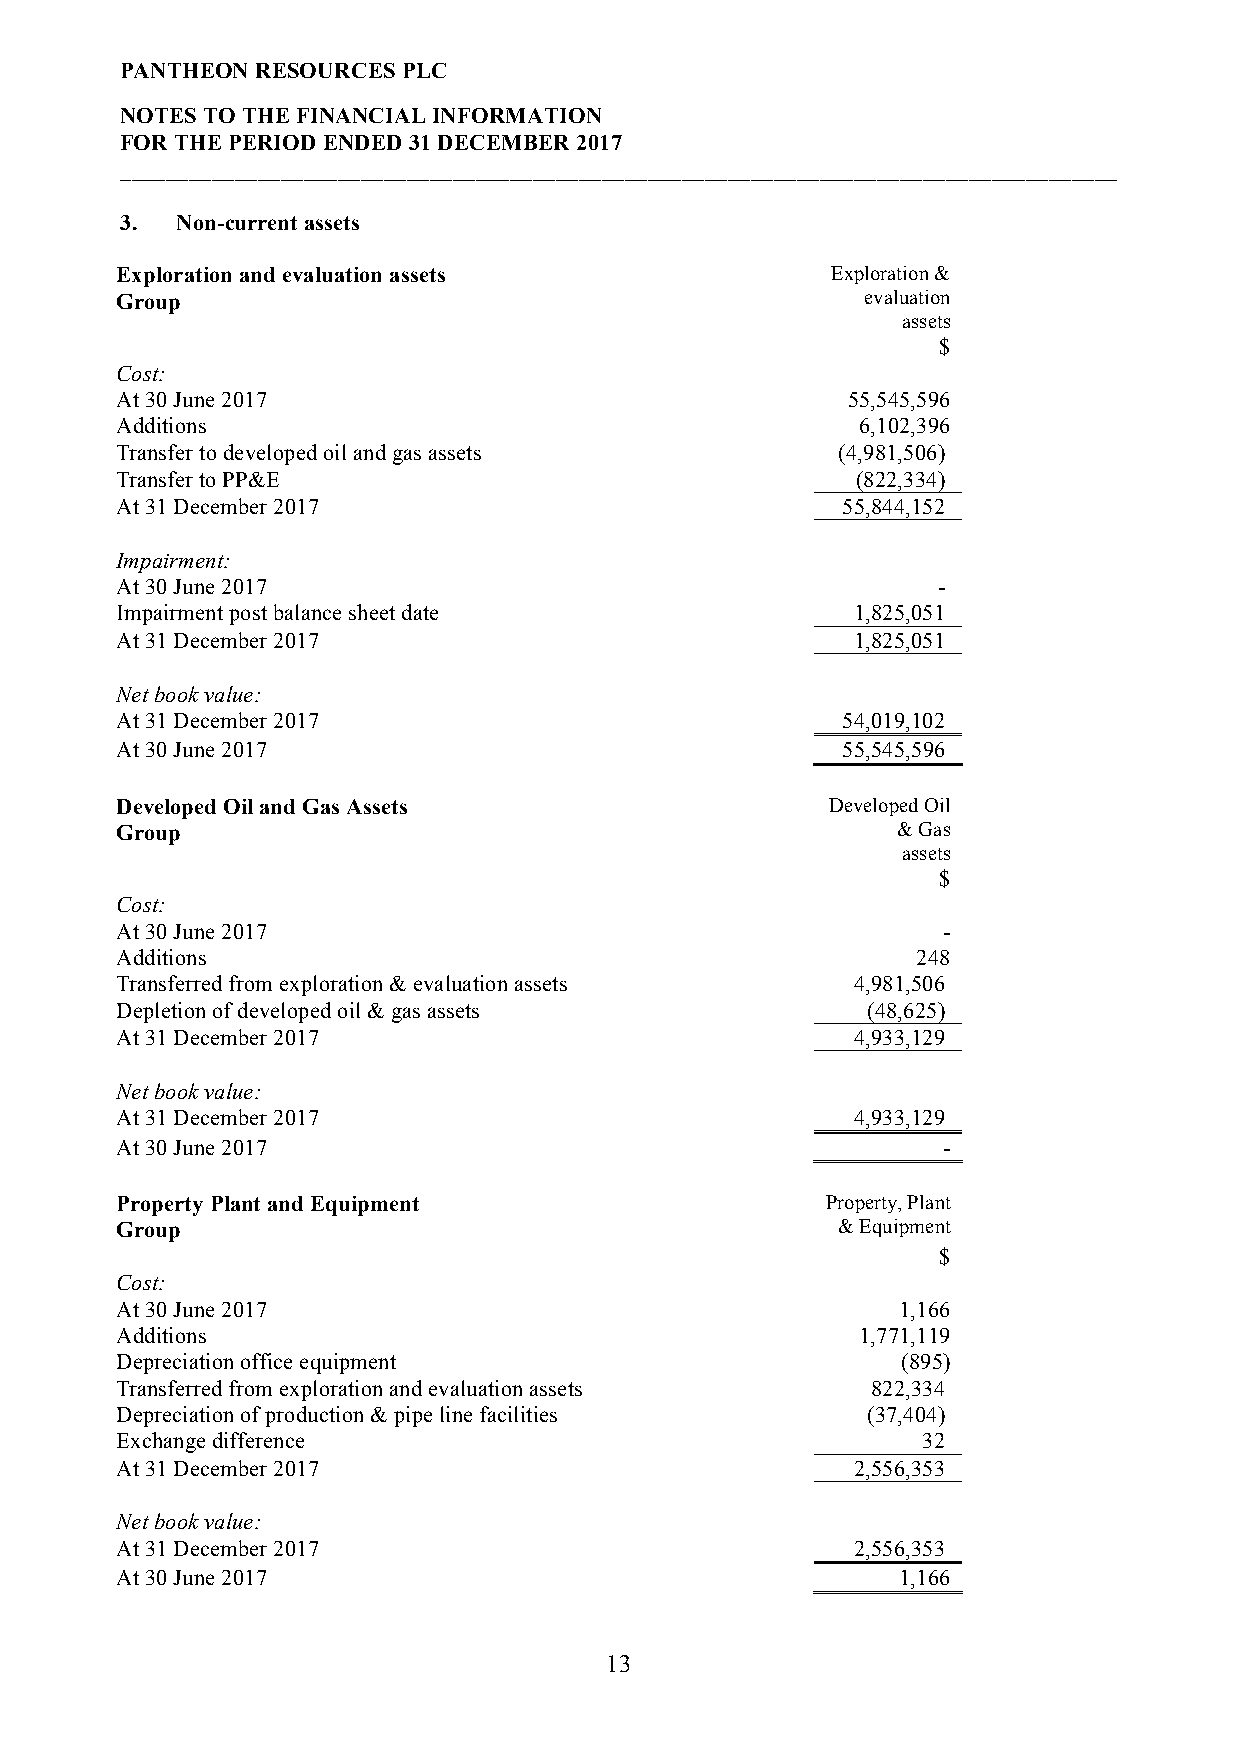
PANTHEON RESOURCES PLC
 NOTES TO THE FINANCIAL INFORMATION
 FOR THE PERIOD ENDED 31 DECEMBER 2017
 _______________________________________________________________________________________
 3.  Non-current assets
 Exploration and evaluation assets              Exploration &
 Group                                            evaluation
 assets
 $
 Cost:
 At 30 June 2017                                 55,545,596
 Additions                                        6,102,396
 Transfer to developed oil and gas assets       (4,981,506)
 Transfer to PP&E                                 (822,334)
 At 31 December 2017                             55,844,152
 Impairment:
 At 30 June 2017                                       -
 Impairment post balance sheet date              1,825,051
 At 31 December 2017                             1,825,051
 Net book value:
 At 31 December 2017                             54,019,102
 At 30 June 2017                                 55,545,596
 Developed Oil and Gas Assets                   Developed Oil
 Group                                              & Gas
 assets
 $
 Cost:
 At 30 June 2017                                       -
 Additions                                            248
 Transferred from exploration & evaluation assets 4,981,506
 Depletion of developed oil & gas assets          (48,625)
 At 31 December 2017                             4,933,129
 Net book value:
 At 31 December 2017                             4,933,129
 At 30 June 2017                                       -
 Property Plant and Equipment                   Property, Plant
 Group                                          & Equipment
 $
 Cost:
 At 30 June 2017                                    1,166
 Additions                                        1,771,119
 Depreciation office equipment                       (895)
 Transferred from exploration and evaluation assets 822,334
 Depreciation of production & pipe line facilities (37,404)
 Exchange difference                                  32
 At 31 December 2017                             2,556,353
 Net book value:
 At 31 December 2017                             2,556,353
 At 30 June 2017                                    1,166
 13